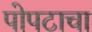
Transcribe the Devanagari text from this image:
पोपटाचा